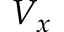
V _ { x }